Civil Veterinary Department. United Provinces 1932-42 - 1932-1942
Year: 1932
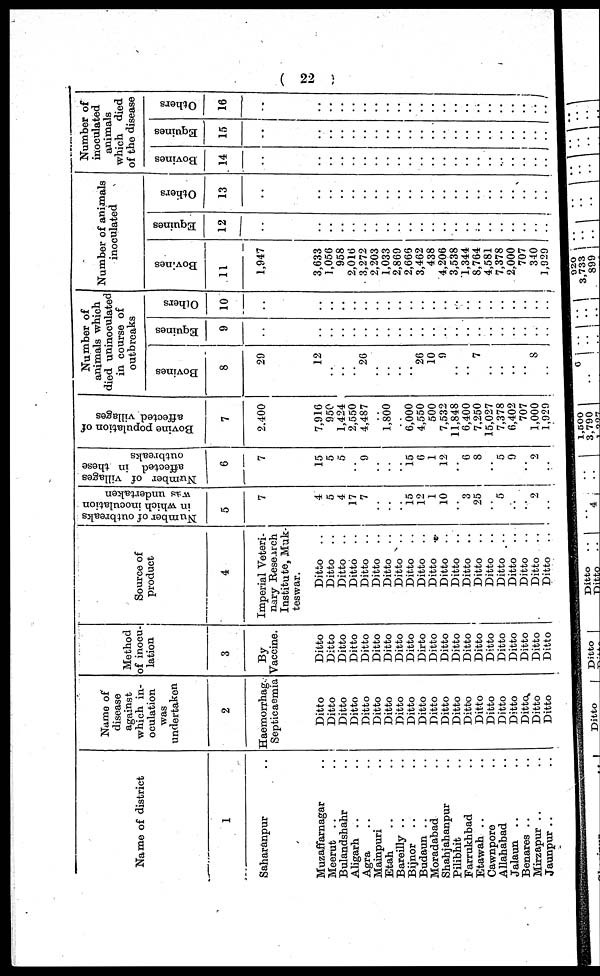
( 22 )
Name of district
1
Saharanpur ..
Muzaffarnagar ..
Meerut .. ..
Bulandshahr ..
Aligarh .. ..
Agra .. ..
Mainpuri ..
Etah .. ..
Bareilly .. ..
Bijnor .. ..
Budaun .. ..
Moradabad ..
Shahjahanpur ..
Pilibhit ..
Farrukhbad ..
Etawah .. ..
Cawnpore ..
Allahabad ..
Jalaun .. ..
Benares .. ..
Mirzapur .. ..
Jaunpur .. ..
Name of
disease
against
which in-
oculation
was
undertaken
2
Haemorrhag
Septicaemia
Ditto
Ditto
Ditto
Ditto
Ditto
Ditto
Ditto
Ditto
Ditto
Ditto
Ditto
Ditto
Ditto
Ditto
Ditto
Ditto
Ditto
Ditto
Ditto
Ditto
Ditto
Method
of inocu-
lation
3
By
Vaccine.
Ditto
Ditto
Ditto
Ditto
Ditto
Ditto
Ditto
Ditto
Ditto
Ditto
Ditto
Ditto
Ditto
Ditto
Ditto
Ditto
Ditto
Ditto
Ditto
Ditto
Ditto
Source of
product
4
Imperial Veteri-
nary Research
Institute, Muk-
teswar.
Ditto
..
Ditto
..
Ditto
..
Ditto
..
Ditto
..
Ditto
..
Ditto
..
Ditto
..
Ditto
..
Ditto
..
Ditto
..
Ditto
..
Ditto
..
Ditto
..
Ditto
..
Ditto
..
Ditto
..
Ditto
..
Ditto
..
Ditto
..
Ditto
..
Number of outbreaks
in which inoculation
was undertaken
5
7
4
5
4
17
7
..
..
..
15 12
1
10
..
3
25
..
5
..
..
2
..
Number of villages
affected in these
outbreaks
6
7
15
5
5
..
9
..
..
..
15
6
1
12
..
6
8
..
5
9
..
2
..
Bovine population of
affected villages
7
2,400
7,916
950
1,424
2,550
4,487
..
1,800
..
6,000
4,550
500
7,532
11,848
6,400
7,250
15,027
7,378
6,402
707
1,000
1,929
Number of
animals which
died uninoculated
in course of
outbreaks
Bovines
8
29
12
..
..
..
26
..
..
..
..
26
10
9
..
..
7
..
..
..
..
8
..
Equines
9
..
..
..
..
..
..
..
..
..
..
..
..
..
..
..
..
..
..
..
..
..
..
Others
10
..
..
..
..
..
..
..
..
..
..
..
..
..
..
..
..
..
..
..
..
..
..
Number of animals
inoculated
Bovines
11
1,947
3,633
1,056
958
2,016
3,272
2,203
1,033
2,869
2,666
3,462
438
4,206
3,538
1,344
8,764
4,581
7,378
2,000
707
340
1,929
Equines
12
..
..
..
..
..
..
..
..
..
..
..
..
..
..
..
..
..
..
..
..
..
..
Others
13
..
..
..
..
..
..
..
..
..
..
..
..
..
..
..
..
..
..
..
..
..
..
Number of
inoculated
animals
which died
of the disease
Bovines
14
..
..
..
..
..
..
..
..
..
..
..
..
..
..
..
..
..
..
..
..
..
..
Equines
15
..
..
..
..
..
..
..
..
..
..
..
..
..
..
..
..
..
..
..
..
..
..
Others
16
..
..
..
..
..
..
..
..
..
..
..
..
..
..
..
..
..
..
..
..
..
..